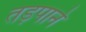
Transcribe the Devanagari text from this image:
तड़पाने